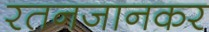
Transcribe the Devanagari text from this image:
रतनजानकर